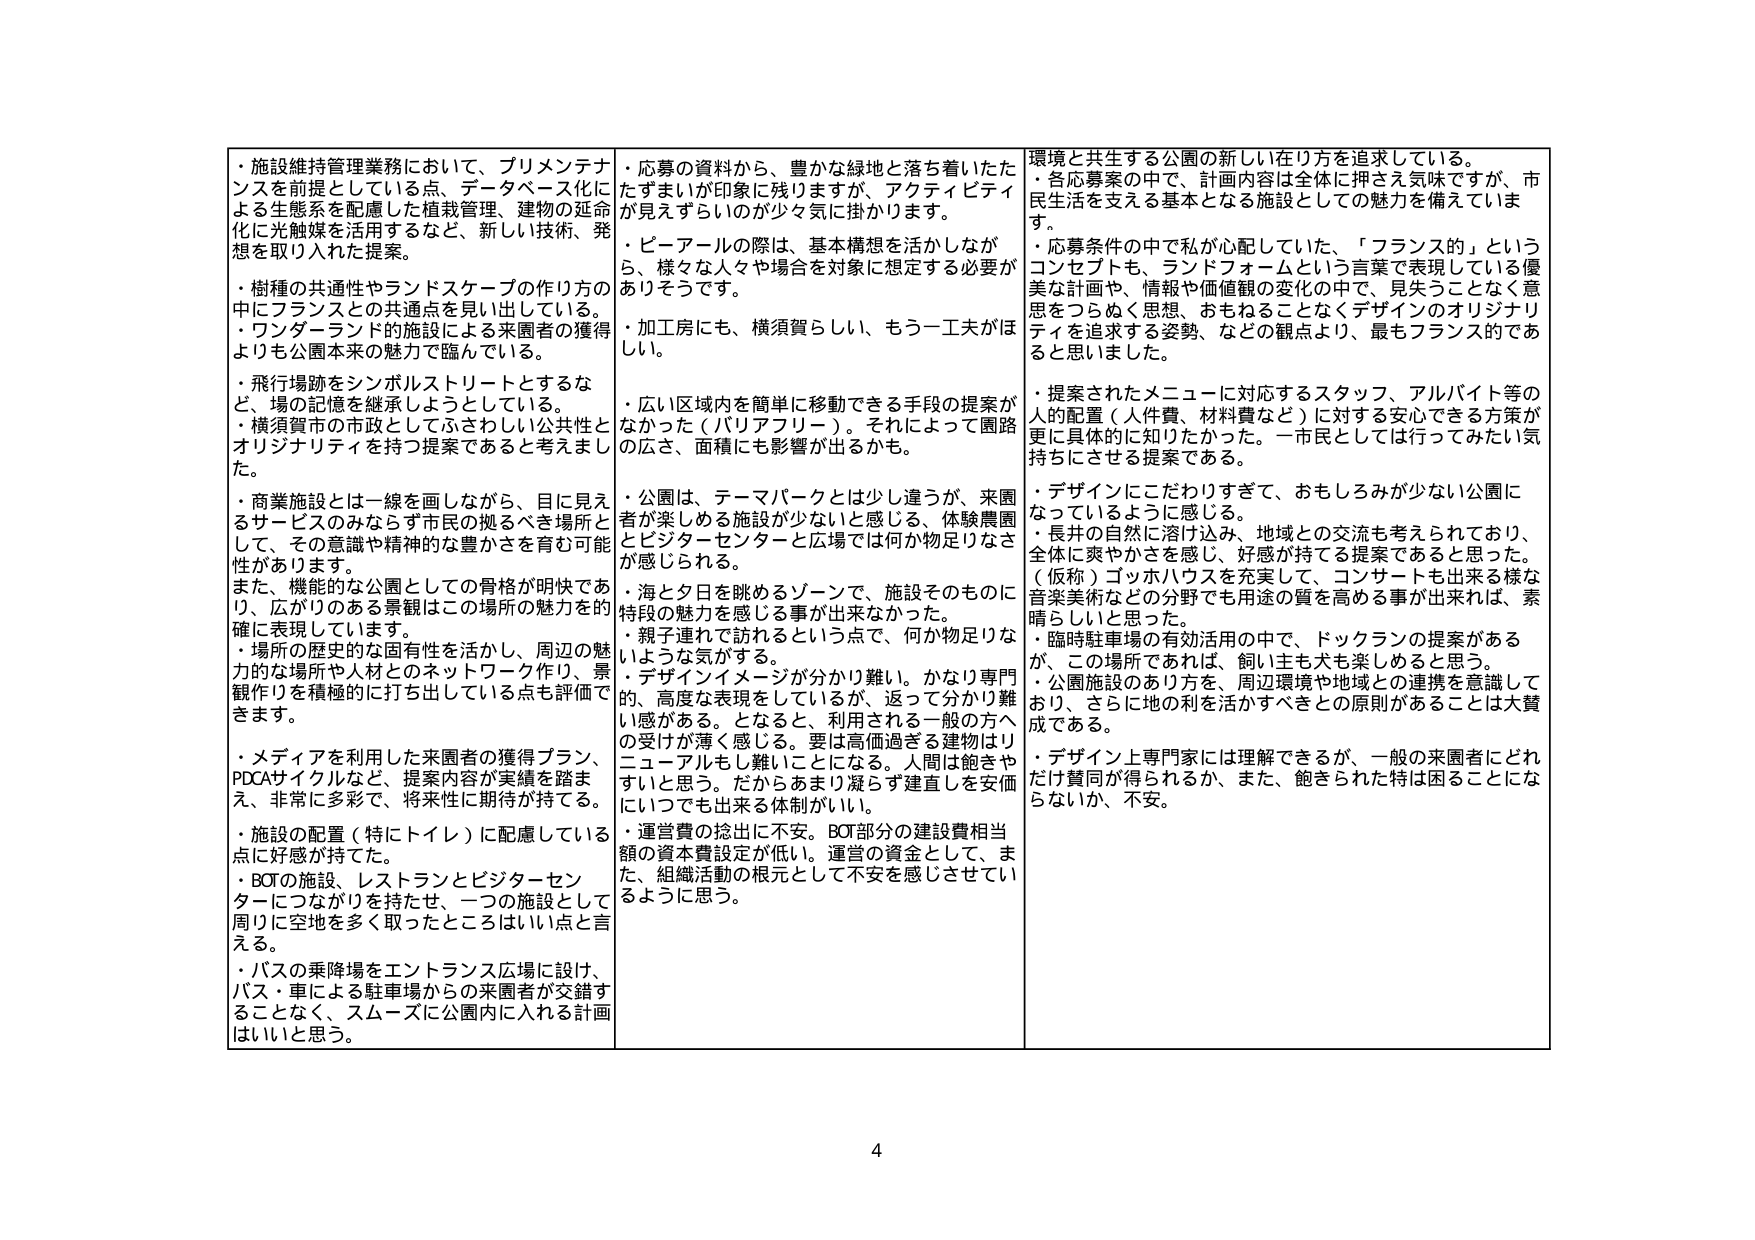
・施設維持管理業務において、プリメンテナンスを前提としている点、データベース化による生態系を配慮した植栽管理、建物の延命化に光触媒を活用するなど、新しい技術、発想を取り入れた提案。
・樹種の共通性やランドスケープの作り方の中にフランスとの共通点を見い出している。
・ワンダーランドの施設による来園者の獲得よりも公園本来の魅力で臨んでいる。
・飛行場跡をシンボルストリートとするなど、場の記憶を継承しようとしている。
・横須賀市の市政としてふさわしい公共性とオリジナリティを持つ提案であると考えました。
・商業施設とは一線を画しながら、目に見えるサービスのみならず市民の拠るべき場所として、その意識や精神的な豊かさを育む可能性があります。また、機能的な公園としての骨格が明快であり、広がりのある景観はこの場所の魅力を的確に表現しています。
・場所の歴史的な固有性を活かし、周辺の魅力的な場所や人材とのネットワーク作り、景観作りを積極的に打ち出している点も評価できます。
・メディアを利用した来園者の獲得プラン、PDCAサイクルなど、提案内容が実績を踏まえ、非常に多彩で、将来性に期待が持てる。
・施設の配置（特にトイレ）に配慮している点に好感が持てる。
・BOTの施設、レストランとビジターセンターにつながりを持たせ、一つの施設として周りに空地を多く取ったところはいい点と言える。
・バスの乗降場をエントランス広場に設け、バス・車による駐車場からの来園者が交錯することなく、スムーズに公園内に入れる計画はいいと思う。

・応募の資料から、豊かな緑地と落ち着いたたたずまいが印象に残りますが、アクティビティが見えずらいのが少々気に掛かります。
・ピーアールの際は、基本構想を活かしながら、様々な人々や場合を対象に想定する必要がありそうです。
・加工房にも、横須賀らしい、もう一工夫がほしい。
・広い区域内を簡単に移動できる手段の提案がなかった（バリアフリー）。それによって園路の広さ、面積にも影響が出るかも。
・公園は、テーマパークとは少し違うが、来園者が楽しめる施設が少ないと感じる、体験農園とビジターセンターと広場では何か物足りなさが感じられる。
・海と夕日を眺めるゾーンで、施設そのものに特段の魅力を感じる事が出来なかった。
・親子連れで訪れるという点で、何か物足りないような気がする。
・デザインイメージが分かり難い。かなり専門的、高度な表現をしているが、返って分かり難い感がある。となると、利用される一般の方への受けが薄く感じる。要は高価過ぎる建物はリニューアルもし難いことになる。人間は飽きやすいと思う。だからあまり凝らず垂直しを安価にいつでも出来る体制がいい。
・運営費の捻出に不安。BOT部分の建設費相当額の資本費設定が低い。運営の資金として、また、組織活動の根元として不安を感じさせているように思う。

環境と共生する公園の新しい在り方を追求している。
・各応募案の中で、計画内容は全体に押さえ気味ですが、市民生活を支える基本となる施設としての魅力を備えています。
・応募条件の中で私が心配していた、「フランス的」というコンセプトも、ランドフォームという言葉で表現している優美な計画や、情報や価値観の変化の中で、見失うことなく意思をつらぬく思想、おもねるなくデザインのオリジナリティを追求する姿勢、などの観点より、最もフランス的であると思いました。
・提案されたメニューに対応するスタッフ、アルバイト等の人的配置（人件費、材料費など）に対する安心できる方策が更に具体的に知りたかった。一市民としては行ってみたい気持ちにさせる提案である。
・デザインにこだわりすぎて、おもしろみが少ない公園になっているように感じる。
・長井の自然に溶け込み、地域との交流も考えられており、全体に爽やかさを感じ、好感が持てる提案であると思った。（仮称）ゴッホハウスを充実して、コンサートも出来る様な音楽美術などの分野でも用途の質を高める事が出来れば、素晴らしいと思った。
・臨時駐車場の有効活用の中で、ドックランの提案があるが、この場所であれば、飼い主も犬も楽しめると思う。
・公園施設のあり方を、周辺環境や地域との連携を意識しており、さらに地の利を活かすべきとの原則があることは大賛成である。
・デザイン上専門家には理解できるが、一般の来園者にどれだけ賛同が得られるか、また、飽きられた時は困ることにならないか、不安。

4